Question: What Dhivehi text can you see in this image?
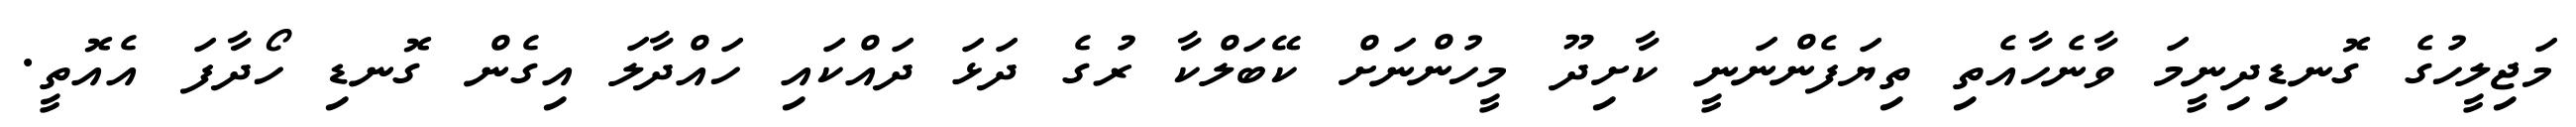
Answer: މަޖިލީހުގެ ގޮނޑިދިނީމަ ވާނެހާއެތި ތިޔަފެންނަނީ ކާށިދޫ މީހުންނަށް ކޭބަލްކާ ރުގެ ދަޅަ ދައްކައި ހައްދާލަ އިގެން ގޮނޑި ހޯދާފަ އެއޮތީ.